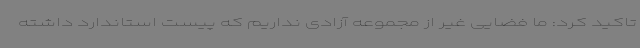
تاکید کرد: ما فضایی غیر از مجموعه آزادی نداریم که پیست استاندارد داشته